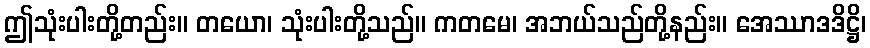
ဤသုံးပါးတို့တည်း။ တယော၊ သုံးပါးတို့သည်။ ကတမေ၊ အဘယ်သည်တို့နည်း။ အေဿာဒဒိဋ္ဌိ၊